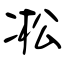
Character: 凇